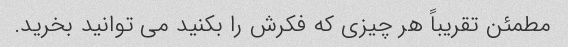
مطمئن تقریباً هر چیزی که فکرش را بکنید می توانید بخرید.